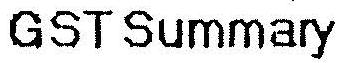
GST SUMMARY